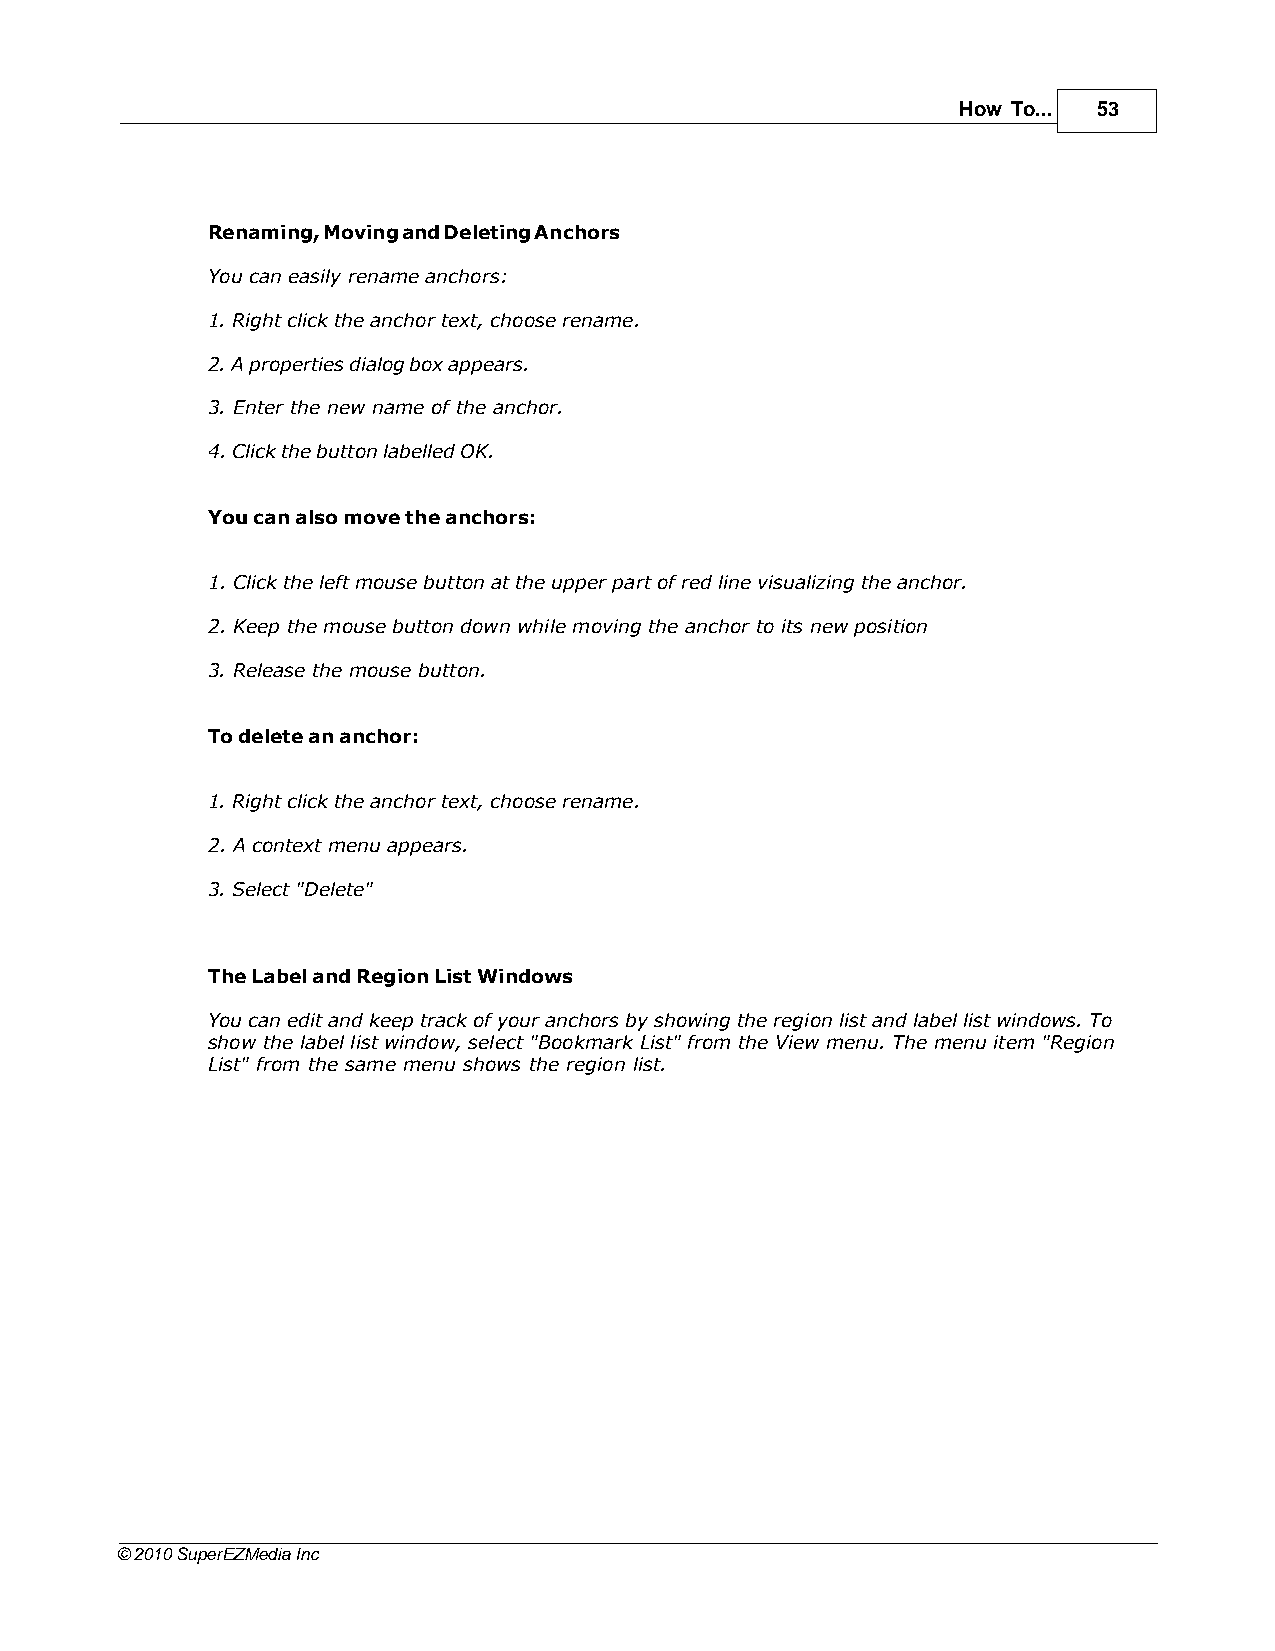
How To... 53
 Renaming, Moving and Deleting Anchors
 You can easily rename anchors:
 1. Right click the anchor text, choose rename.
 2. A properties dialog box appears.
 3. Enter the new name of the anchor.
 4. Click the button labelled OK.
 You can also move the anchors:
 1. Click the left mouse button at the upper part of red line visualizing the anchor.
 2. Keep the mouse button down while moving the anchor to its new position
 3. Release the mouse button.
 To delete an anchor:
 1. Right click the anchor text, choose rename.
 2. A context menu appears.
 3. Select "Delete"
 The Label and Region List Windows
 You can edit and keep track of your anchors by showing the region list and label list windows. To
 show the label list window, select "Bookmark List" from the View menu. The menu item "Region
 List" from the same menu shows the region list.
 © 2010 SuperEZMedia Inc